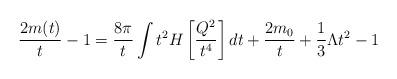
LaTeX: \begin{align*}\frac{2m(t)}{t}-1=\frac{8\pi}{t}\int t^2H\left[\frac{Q^2}{t^4}\right]dt+\frac{2m_0}{t}+\frac{1}{3}\Lambda t^2-1\end{align*}